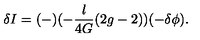
\delta I = ( - ) ( - { \frac { l } { 4 G } } ( 2 g - 2 ) ) ( - \delta \phi ) .